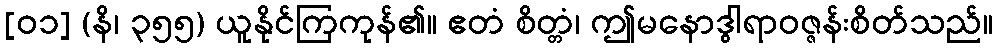
[၀၁] (နိ၊ ၃၅၅) ယူနိုင်ကြကုန်၏။ ဧတံ စိတ္တံ၊ ဤမနောဒွါရာဝဇ္ဇန်းစိတ်သည်။